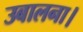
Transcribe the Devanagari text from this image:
उबालना।